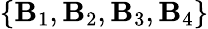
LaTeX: \{ {\mathbf B}_{1},{\mathbf B}_{2},{\mathbf B}_{3},{\mathbf B}_{4}\}